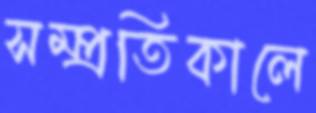
সম্প্রতিকালে